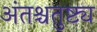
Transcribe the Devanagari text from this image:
अंतश्चतुष्ट्य